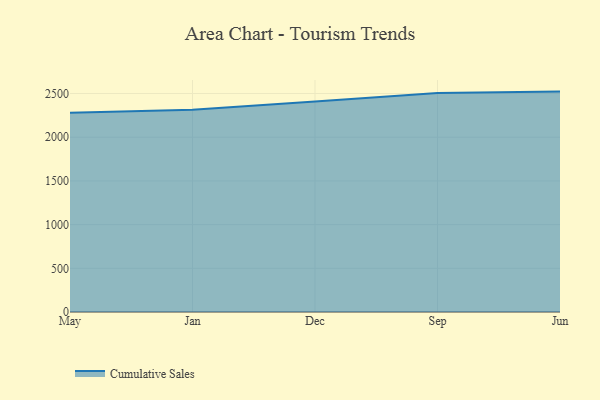
{"axis": {"x": "Month", "y": "Net Income (USD K)"}, "legend": ["Cumulative Sales"], "data": [{"x": "May", "y": 2280.9, "type": "Cumulative Sales"}, {"x": "Jan", "y": 2315.3, "type": "Cumulative Sales"}, {"x": "Dec", "y": 2408.1, "type": "Cumulative Sales"}, {"x": "Sep", "y": 2504.7, "type": "Cumulative Sales"}, {"x": "Jun", "y": 2521.9, "type": "Cumulative Sales"}]}